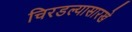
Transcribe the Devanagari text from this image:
चिरडल्यासारखे